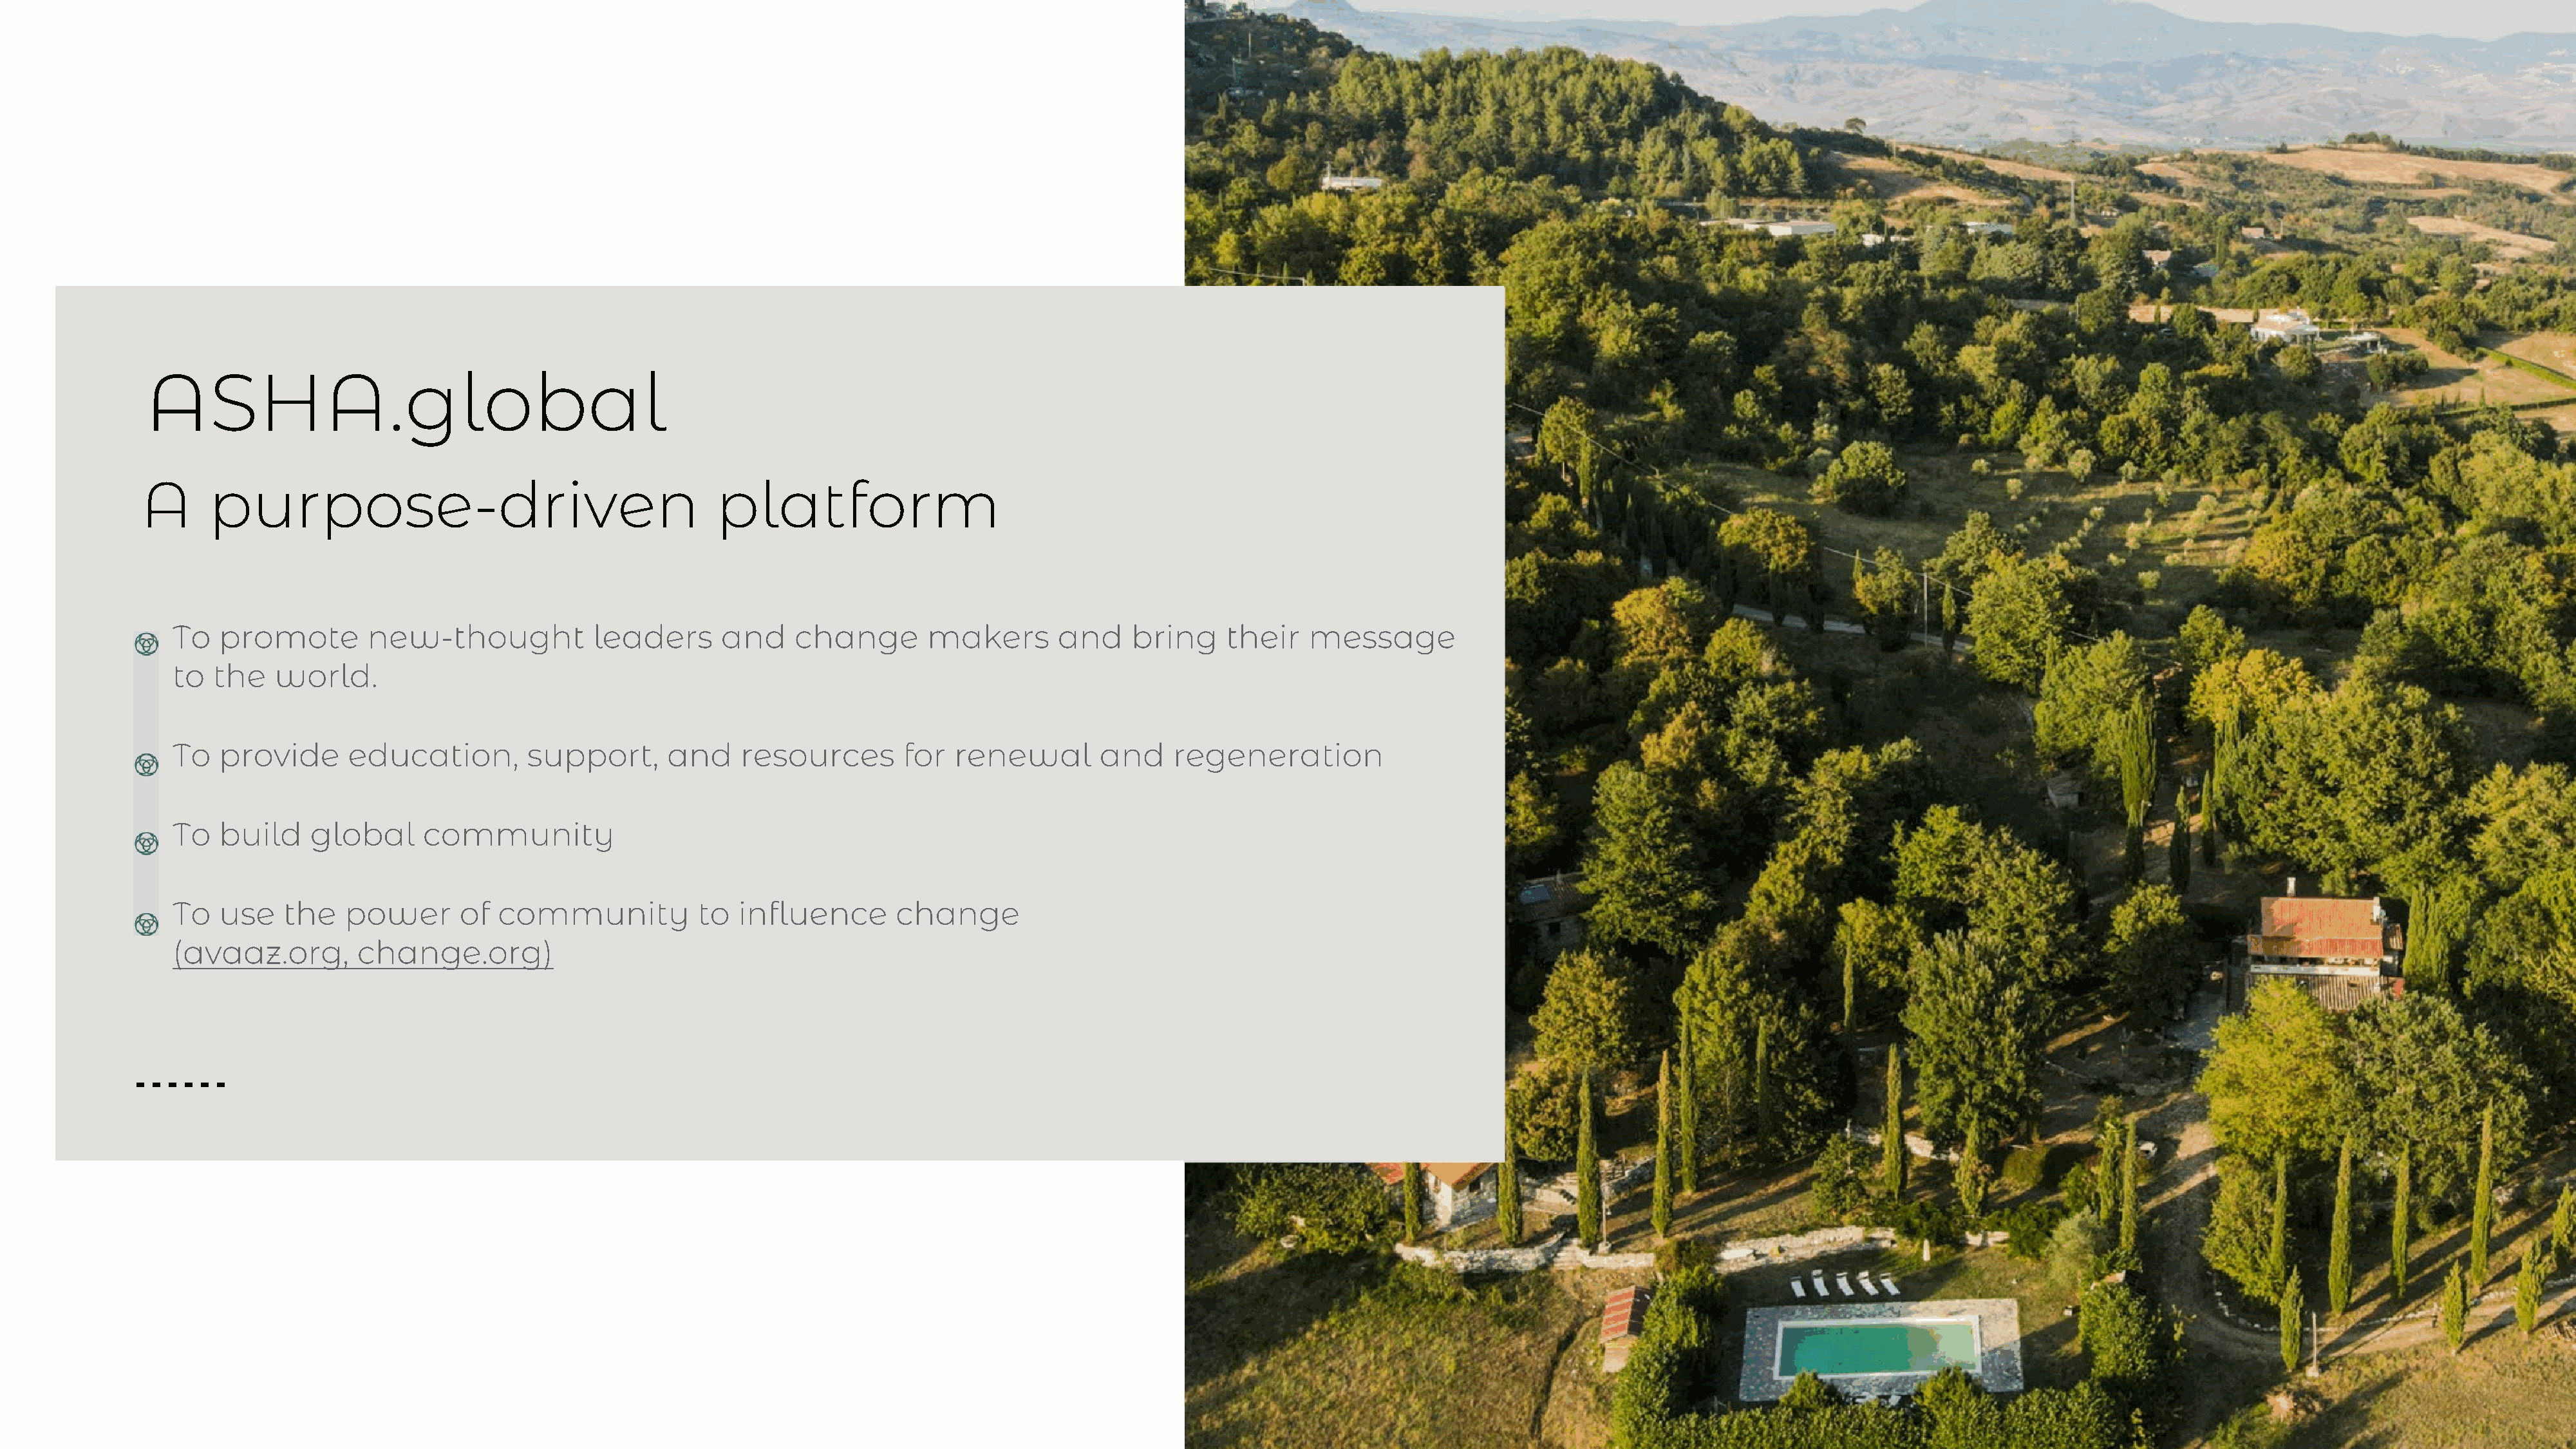
ASHA.global
 A      purpose-driven                                       platform
 To   promote        new-thought            leaders      and     change       makers        and    bring     their    message
 to  the   world.
 To   provide      education,        support,       and    resources        for  renewal        and     regeneration
 To   build    global     community
 To   use   the   power       of  community            to  influence       change
 (avaaz.org,        change.org)